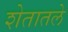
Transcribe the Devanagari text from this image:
शेतातले